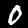
Digit: 0